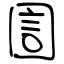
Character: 圁